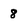
Character: 8